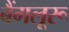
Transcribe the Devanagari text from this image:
बैंगलूरू